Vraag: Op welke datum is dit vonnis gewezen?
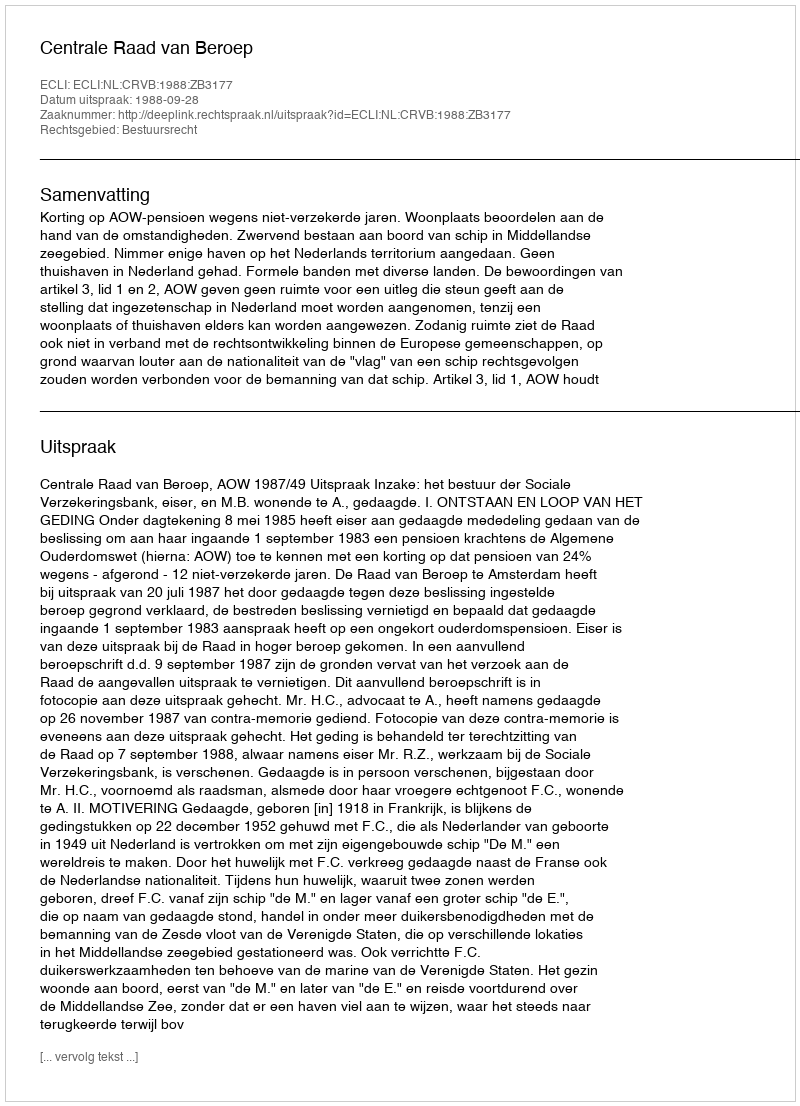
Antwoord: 1988-09-28